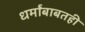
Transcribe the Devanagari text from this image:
धर्मांबाबतही